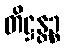
တိဋ္ဌန္တဉ္စ